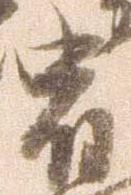
宿